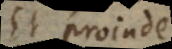
Et proinde